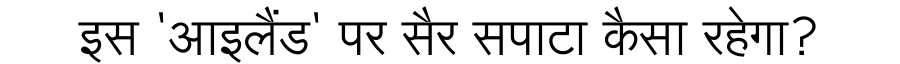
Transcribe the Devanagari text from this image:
इस 'आइलैंड' पर सैर सपाटा कैसा रहेगा?